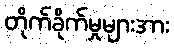
တိုက်ခိုက်မှုများအား